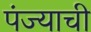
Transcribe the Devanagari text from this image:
पंज्याची